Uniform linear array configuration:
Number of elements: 8
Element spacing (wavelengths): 0.75
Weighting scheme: uniform
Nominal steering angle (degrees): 60
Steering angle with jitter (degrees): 60.378
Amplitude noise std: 0.05
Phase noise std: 0.05

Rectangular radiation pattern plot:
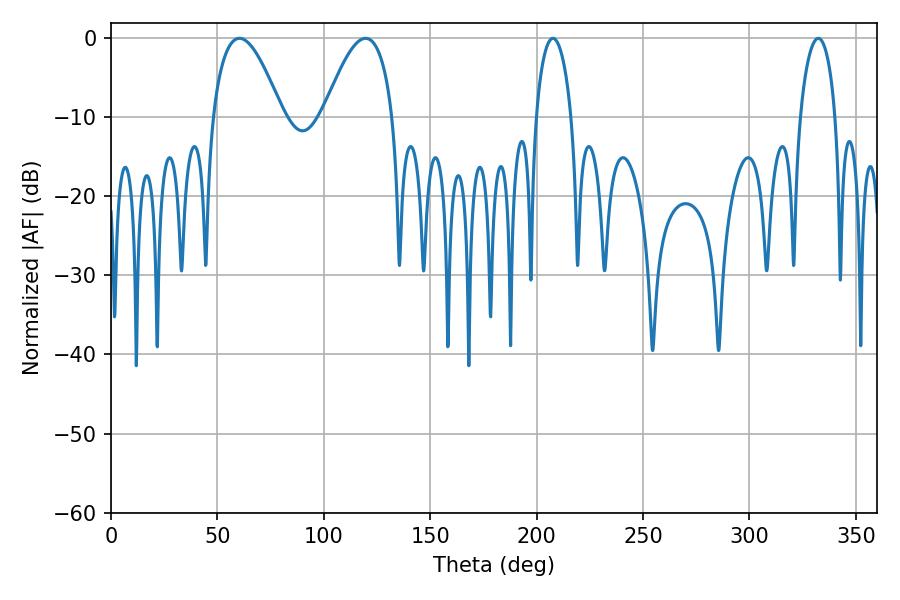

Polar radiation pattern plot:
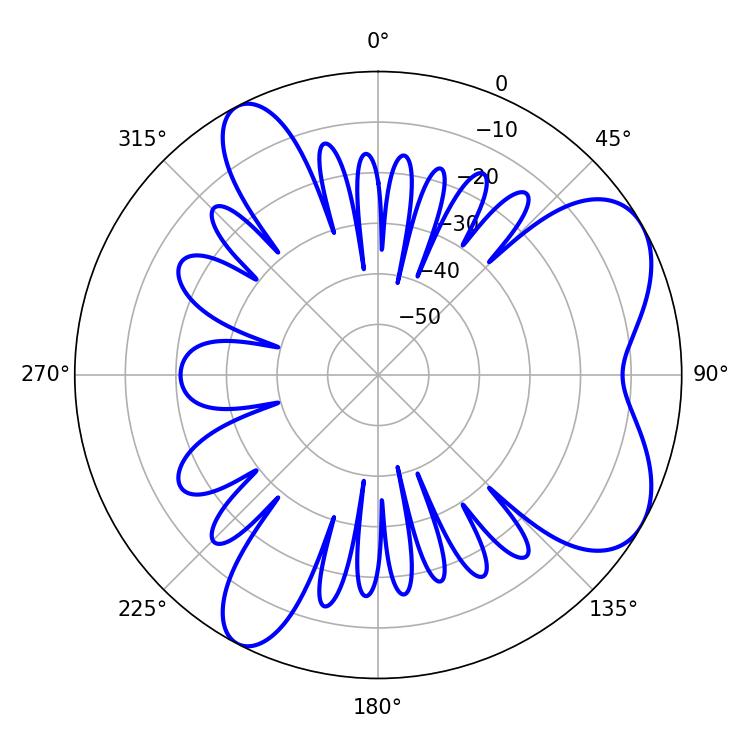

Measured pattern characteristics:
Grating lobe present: TRUE
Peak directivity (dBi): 6.637
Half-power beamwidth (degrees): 17.82
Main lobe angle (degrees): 60.3